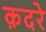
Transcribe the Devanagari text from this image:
क़दरे